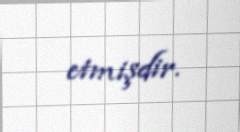
etmişdir.